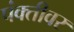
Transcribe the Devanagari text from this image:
पंक्तीवर